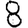
Digit: 8